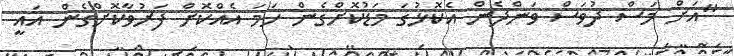
"އަށް މަސް ދުވަސް ވަންދެން އެކޮޅުގަ މަޑުކޮށްގެން ހަމަ އެއްކޮށް ފަރުވާކޮށްގެން އައީ